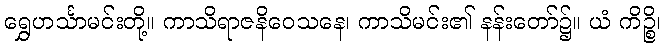
ရွှေဟင်္သာမင်းတို့။ ကာသိရာဇနိဝေသနေ၊ ကာသိမင်း၏ နန်းတော်၌။ ယံ ကိဉ္စိ၊